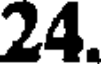
24.